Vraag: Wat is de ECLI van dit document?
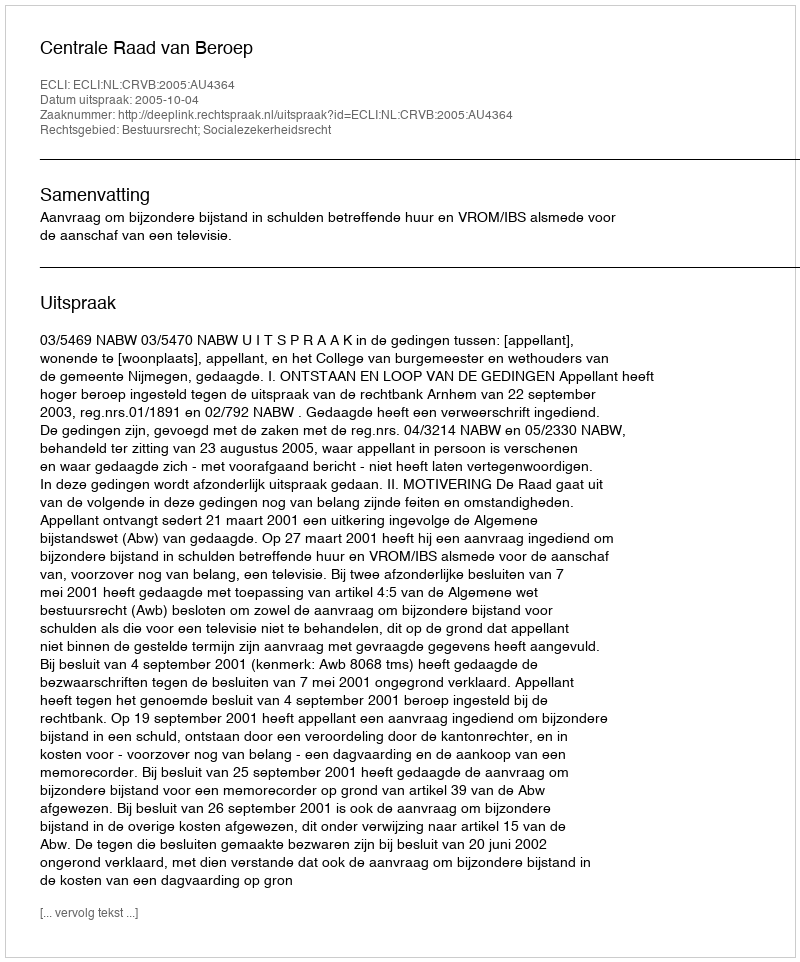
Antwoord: ECLI:NL:CRVB:2005:AU4364